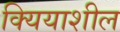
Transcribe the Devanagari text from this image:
क्यियाशील